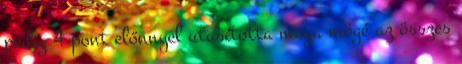
pedig 4 pont előnnyel utasította maga mögé az összes